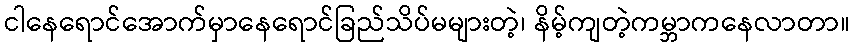
ငါနေရောင်အောက်မှာနေရောင်ခြည်သိပ်မများတဲ့၊ နိမ့်ကျတဲ့ကမ္ဘာကနေလာတာ။